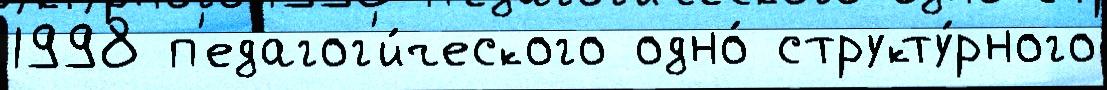
1998 п'едагог'и́ческого одно́ структу́рного